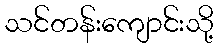
သင်တန်းကျောင်းသို့